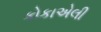
કોકાએલી